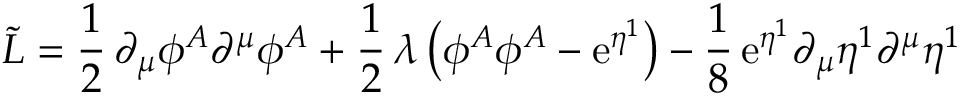
\tilde { \cal L } = \frac { 1 } { 2 } \, \partial _ { \mu } \phi ^ { A } \partial ^ { \mu } \phi ^ { A } + \frac { 1 } { 2 } \, \lambda \, \bigl ( \phi ^ { A } \phi ^ { A } - \mathrm { e } ^ { \eta ^ { 1 } } \bigr ) - \frac { 1 } { 8 } \, \mathrm { e } ^ { \eta ^ { 1 } } \partial _ { \mu } \eta ^ { 1 } \partial ^ { \mu } \eta ^ { 1 }